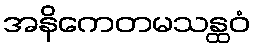
အနိကေတမသန္ထဝံ